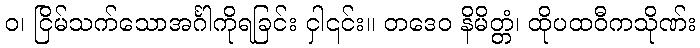
ဝ၊ ငြိမ်သက်သောအင်္ဂါကိုရခြင်း ငှါ၎င်း။ တဒေဝ နိမိတ္တံ၊ ထိုပထဝီကသိုဏ်း